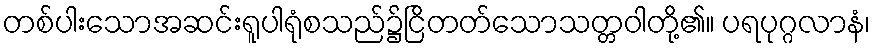
တစ်ပါးသောအဆင်းရူပါရုံစသည်၌ငြိတတ်သောသတ္တဝါတို့၏။ ပရပုဂ္ဂလာနံ၊